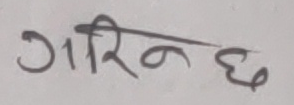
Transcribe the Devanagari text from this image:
गरिनछ